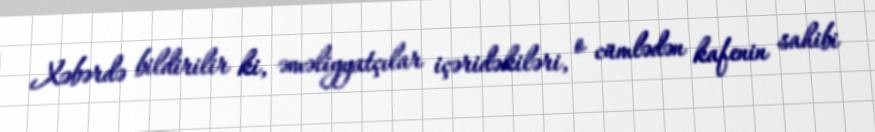
Xəbərdə bildirilir ki, əməliyyatçılar içəridəkiləri, o cümlədən kafenin sahibi